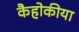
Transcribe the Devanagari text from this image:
कैहोकीया